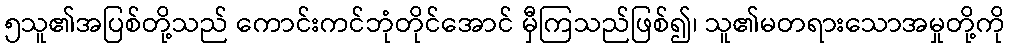
၅သူ၏အပြစ်တို့သည် ကောင်းကင်ဘုံတိုင်အောင် မှီကြသည်ဖြစ်၍၊ သူ၏မတရားသောအမှုတို့ကို